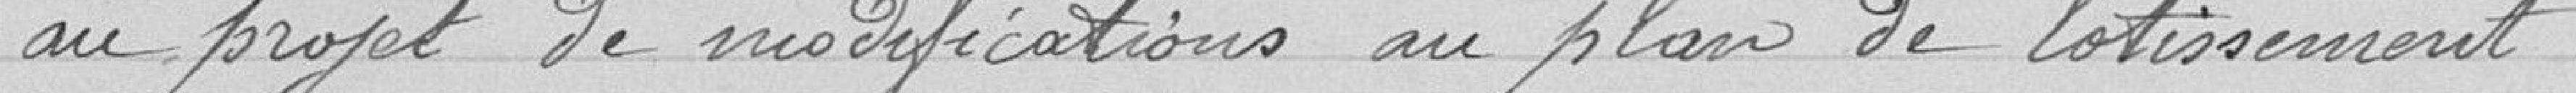
au projet de modifications au plan de lotissement